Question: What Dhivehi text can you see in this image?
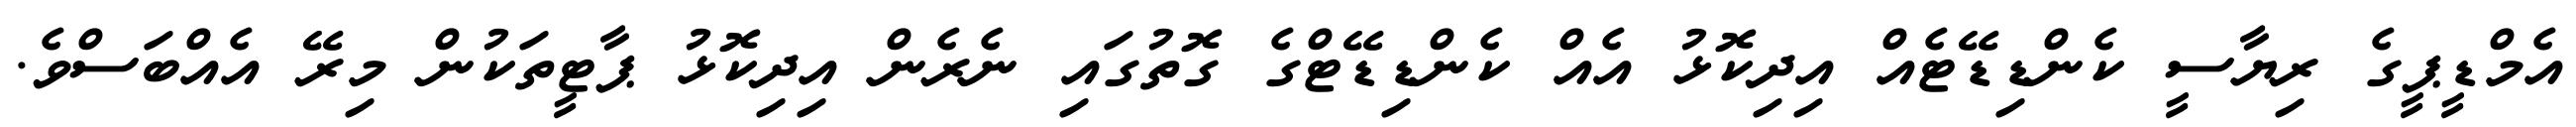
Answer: އެމްޑީޕީގެ ރިޔާސީ ކެންޑިޑޭޓެއް އިދިކޮޅު އެއް ކެންޑިޑޭޓްގެ ގޮތުގައި ނެރެން އިދިކޮޅު ޕާޓީތަކުން މިރޭ އެއްބަސްވެ.